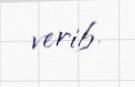
verib.